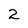
Character: 2